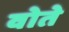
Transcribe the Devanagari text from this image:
वोते